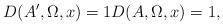
LaTeX: \begin{align*}D(A',\Omega,x)=1D(A,\Omega,x)=1, \end{align*}